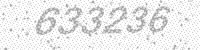
Solution: 633236